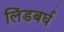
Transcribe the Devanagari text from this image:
लिंडबर्घ